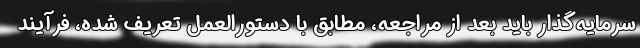
سرمایه‌گذار باید بعد از مراجعه، مطابق با دستورالعمل تعریف شده، فرآیند